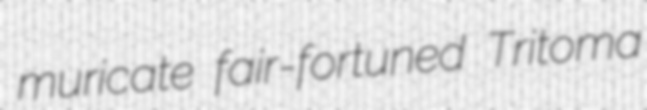
muricate fair-fortuned Tritoma